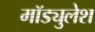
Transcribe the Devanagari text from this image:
मॉड्युलेश